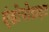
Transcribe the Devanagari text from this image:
एंडोपोडाइट